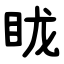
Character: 眬